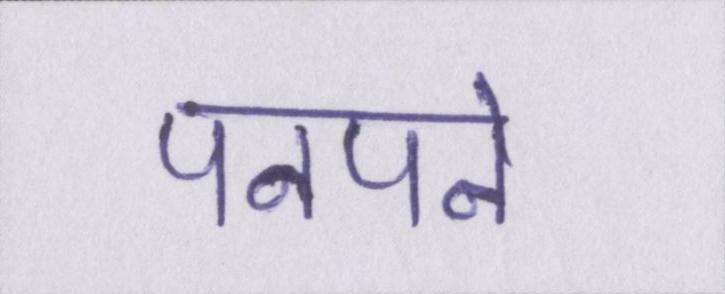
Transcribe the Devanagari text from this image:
पनपने